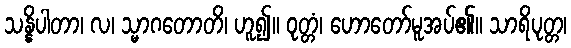
သန္နိပါတာ၊ လ၊ သ္မာဂတောတိ၊ ဟူ၍။ ဝုတ္တံ၊ ဟောတော်မူအပ်၏။ သာရိပုတ္တ၊